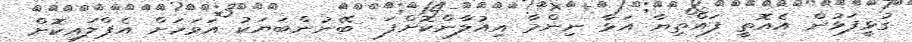
ގުޅީފަޅުން އެއޮތީ ފައްތިޔާ އަޅާ ނިންމާ އިއުލާންކޮށްފަ  ބޭނުންބަޔަކު އަވަހަށް އެޕްލައިކޮށް